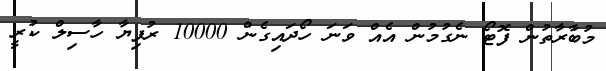
މުބާރާތުން ފޮޓޯ ނެގުމުން އެއް ވަނަ ހޯދައިގެން 10000 ރުފިޔާ ހާސިލް ކުރީ